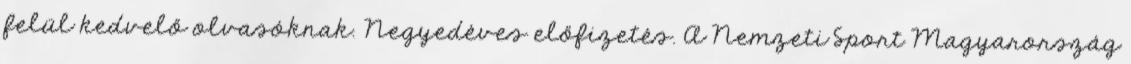
felül kedvelő olvasóknak. Negyedéves előfizetés. A Nemzeti Sport Magyarország